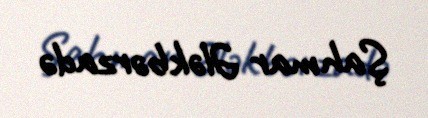
Şahmar Ələkbərzadə